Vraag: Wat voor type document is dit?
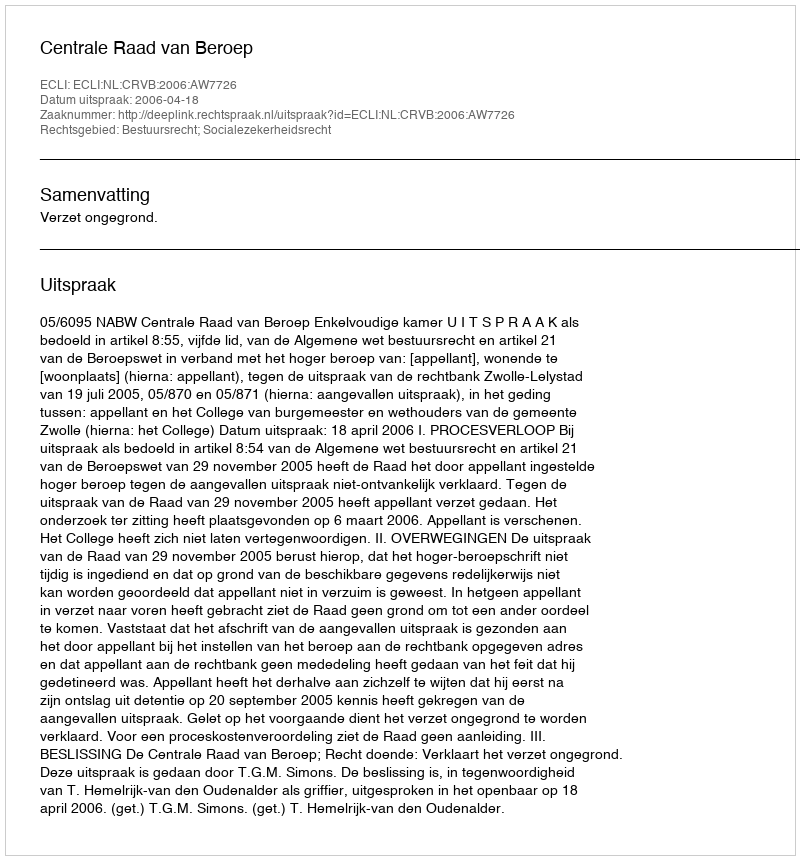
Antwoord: Uitspraak